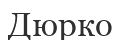
Дюрко